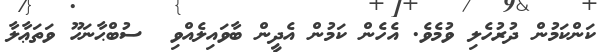
ކަންކަމުން ދުރުހެލި ވުމެވެ. އެހެން ކަމުން އެދީން ބާވައިލެއްވި  ސުބްޙާނަހޫ ވަތަޢާލާ